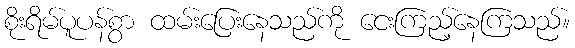
စိုးရိမ်ပူပန်စွာ ထမ်းပြေးနေသည်ကို ငေးကြည့်နေကြသည်။